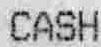
CASH